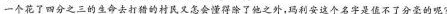
一个花了四分之三的生命去打猎的村民又怎会懂得除了他之外，玛利安这个名字是值不了分毫的呢？